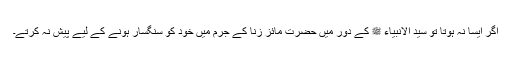
اگر ایسا نہ ہوتا تو سید الانبیاء ﷺ کے دور میں حضرت مائز زنا کے جرم میں خود کو سنگسار ہونے کے لیے پیش نہ کرتے۔